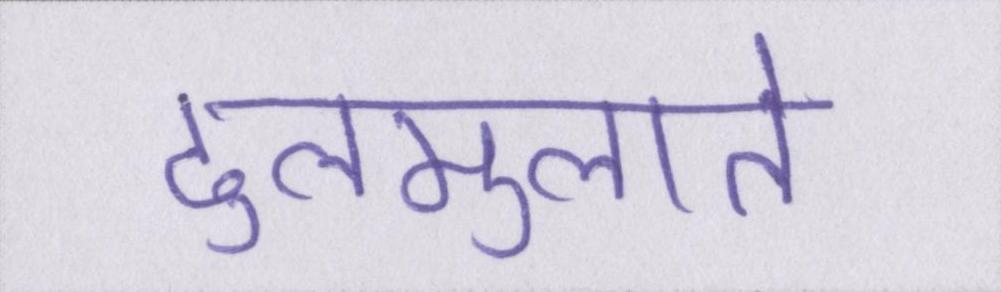
ढुलमुलाते